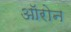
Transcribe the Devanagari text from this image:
ऑरोन